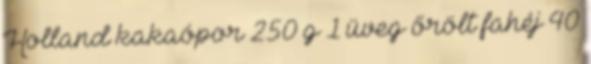
Holland kakaópor 250 g 1 üveg őrölt fahéj 40